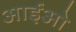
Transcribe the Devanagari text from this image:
आईओ